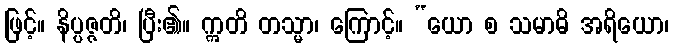
ဖြင့်။ နိပ္ပဇ္ဇတိ၊ ပြီး၏။ ဣတိ တသ္မာ၊ ကြောင့်။ “ယော စ သမာဓိ အရိယော၊